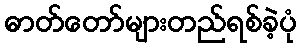
ဓာတ်တော်များတည်ရစ်ခဲ့ပုံ